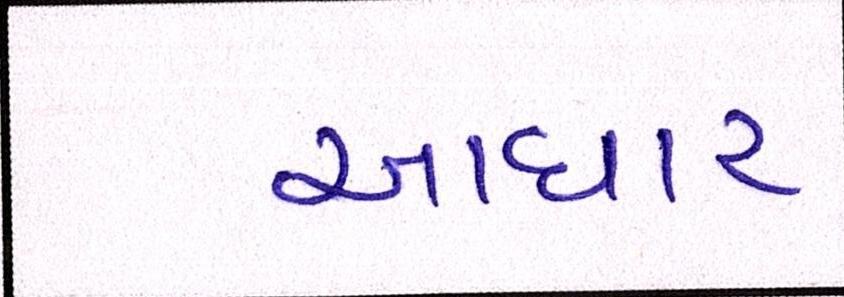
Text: આધાર